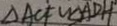
\Delta A C F \sim \Delta A D H